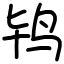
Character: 鸨